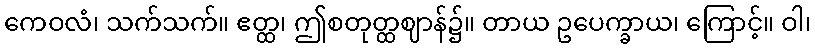
ကေဝလံ၊ သက်သက်။ ဧတ္ထ၊ ဤစတုတ္ထဈာန်၌။ တာယ ဥပေက္ခာယ၊ ကြောင့်။ ဝါ၊